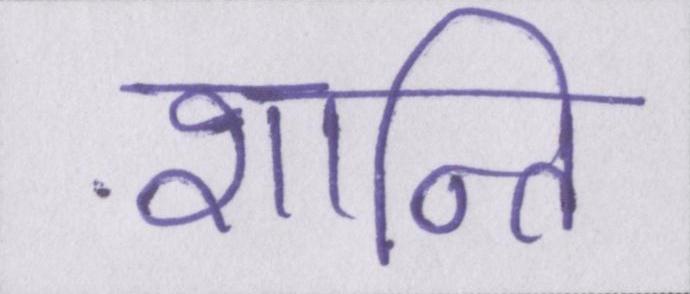
शान्ति